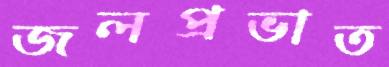
জলপ্রভাত